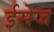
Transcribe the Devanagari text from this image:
ईसेज